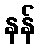
နန်